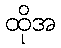
ထိုအ